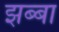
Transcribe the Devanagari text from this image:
झब्बा